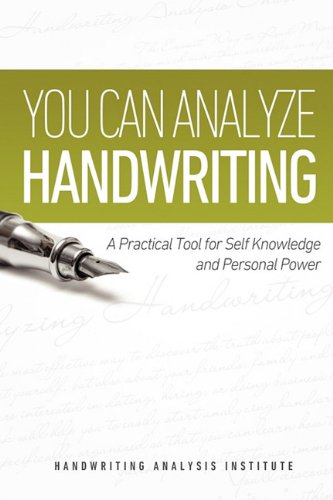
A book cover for You Can Analyze Handwriting - A Practical Tool for Self-Knowledge and Personal Power; Robert Holder; Self-Help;